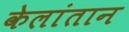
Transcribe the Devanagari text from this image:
केलांतान